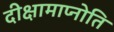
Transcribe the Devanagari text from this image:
दीक्षामाप्नोति